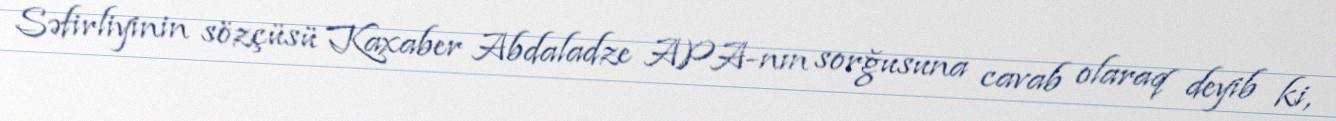
Səfirliyinin sözçüsü Kaxaber Abdaladze APA-nın sorğusuna cavab olaraq deyib ki,